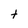
Character: t